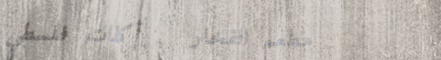
مطعم الفخار   أكلات فلسطي